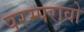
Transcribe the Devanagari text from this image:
परम्परावो